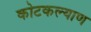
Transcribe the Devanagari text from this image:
कोटकल्याण